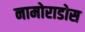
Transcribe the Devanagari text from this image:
नामोराडोस